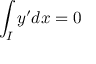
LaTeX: \int _ { I } y ^ { \prime } d x = 0